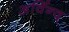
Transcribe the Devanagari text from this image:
अर्विन्द्